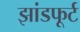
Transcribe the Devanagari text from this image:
झांडफूर्ट